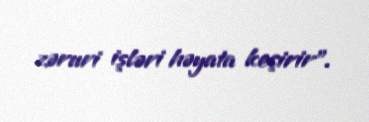
zəruri işləri həyata keçirir".